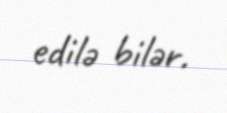
edilə bilər.